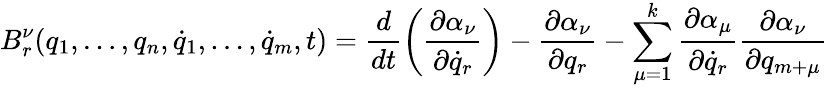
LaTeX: B_{r}^{\nu}(q_{1},\dots,q_{n},{\dot{q}}_{1},\dots,{\dot{q}}_{m},t)=\frac{d}{dt}\left(\frac{\partial\alpha_{\nu}}{\partial{\dot{q}}_{r}}\right)-\frac{\partial\alpha_{\nu}}{\partial q_{r}}-\sum_{\mu=1}^{k}\frac{\partial\alpha_{\mu}}{\partial{\dot{q}}_{r}}\frac{\partial\alpha_{\nu}}{\partial q_{m+\mu}}